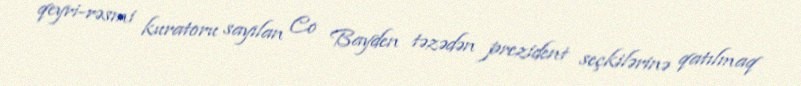
qeyri-rəsmi kuratoru sayılan Co Bayden təzədən prezident seçkilərinə qatılmaq